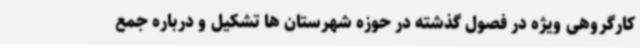
کارگروهی ویژه در فصول گذشته در حوزه شهرستان ها تشکیل و درباره جمع